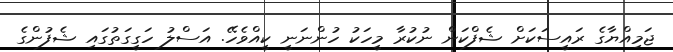
ޖަމިއްޔާގެ ރައީސަކަށް ޝެފްކަން ނުކުރާ މީހަކު ހުންނަނީ ކީއްވެހޭ. އަސްލު ހަގީގަތުގައި ޝެފުންގެ